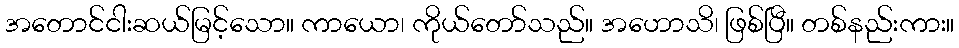
အတောင်ငါးဆယ်မြင့်သော။ ကာယော၊ ကိုယ်တော်သည်။ အဟောသိ၊ ဖြစ်ပြီ။ တစ်နည်းကား။